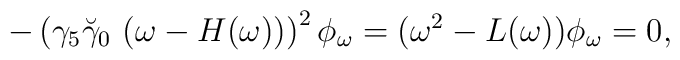
-\left(\gamma_5 \breve{\gamma}_0~(\omega-H(\omega))\right)^2\phi_\omega=(\omega^2-L(\omega))\phi_\omega=0,